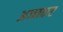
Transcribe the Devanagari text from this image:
अन्नकष्ट